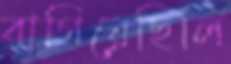
বাগিয়েছিলি